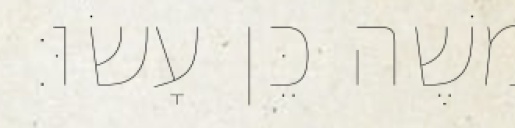
משֶׁה כֵּן עָשׂוּ׃